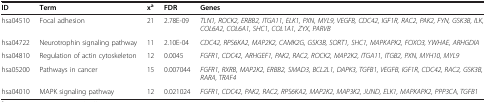
<table><thead><tr><td><b>ID</b></td><td><b>Term</b></td><td><b>x<sup>a</sup></b></td><td><b>FDR</b></td><td><b>Genes</b></td></tr></thead><tbody><tr><td>hsa04510</td><td>Focal adhesion</td><td>21</td><td>2.78E-09</td><td><i>TLN1, ROCK2, ERBB2, ITGA11, ELK1, PXN, MYL9, VEGFB, CDC42, IGF1R, RAC2, PAK2, FYN, GSK3B, ILK, COL6A2, COL6A1, SHC1, COL1A1, ZYX, PARVB</i></td></tr><tr><td>hsa04722</td><td>Neurotrophin signaling pathway</td><td>11</td><td>2.10E-04</td><td><i>CDC42, RPS6KA2, MAP2K2, CAMK2G, GSK3B, SORT1, SHC1, MAPKAPK2, FOXO3, YWHAE, ARHGDIA</i></td></tr><tr><td>hsa04810</td><td>Regulation of actin cytoskeleton</td><td>12</td><td>0.0045</td><td><i>FGFR1, CDC42, ARHGEF1, PAK2, RAC2, ROCK2, MAP2K2, ITGA11, ITGB2, PXN, MYH10, MYL9</i></td></tr><tr><td>hsa05200</td><td>Pathways in cancer</td><td>15</td><td>0.007044</td><td><i>FGFR1, RXRB, MAP2K2, ERBB2, SMAD3, BCL2L1, DAPK3, TGFB1, VEGFB, IGF1R, CDC42, RAC2, GSK3B, RARA, TRAF4</i></td></tr><tr><td>hsa04010</td><td>MAPK signaling pathway</td><td>12</td><td>0.021024</td><td><i>FGFR1, CDC42, PAK2, RAC2, RPS6KA2, MAP2K2, MAP3K2, JUND, ELK1, MAPKAPK2, PPP3CA, TGFB1</i></td></tr></tbody></table>